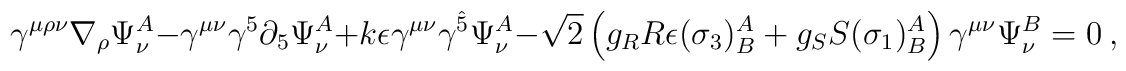
\gamma^{\mu\rho\nu}\nabla_{\rho}\Psi_{\nu}^{A}-\gamma^{\mu\nu}\gamma^{5}\partial_{5}\Psi_{\nu}^{A}+k\epsilon\gamma^{\mu\nu}\gamma^{\hat{5}}\Psi_{\nu}^{A}-\sqrt{2}\left(g_{R}R\epsilon(\sigma_3)^{A}_{B}+g_{S}S(\sigma_1)^{A}_{B}\right)\gamma^{\mu\nu}\Psi_{\nu}^{B}=0\ ,